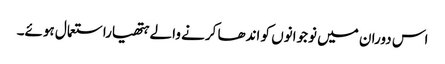
اس دوران میں نوجوانوں کو اندھا کرنے والے ہتھیاراستعمال ہوئے۔